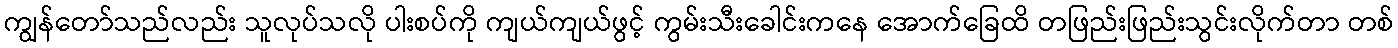
ကျွန်တော်သည်လည်း သူလုပ်သလို ပါးစပ်ကို ကျယ်ကျယ်ဖွင့် ကွမ်းသီးခေါင်းကနေ အောက်ခြေထိ တဖြည်းဖြည်းသွင်းလိုက်တာ တစ်